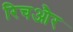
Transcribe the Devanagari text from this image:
रिचऔर